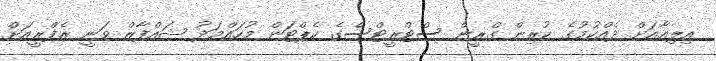
އިލިއާއަށް ދެއްކުމުގެ ކުރިން ގްރީން ސްޓްރީޓްސްގެ ކެޕްޓަން މުހައްމަދު ޝައްފާޒް ވަނީ ރެފްރީއަށް